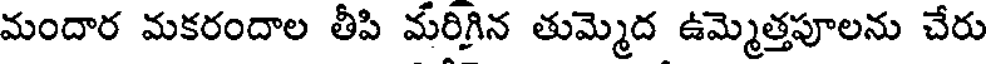
మందార మకరందాల తీపి మరిగిన తుమ్మెద ఉమ్మెత్తపూలను చేరు